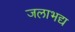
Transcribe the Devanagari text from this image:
जलाभद्य